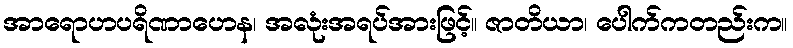
အာရောဟပရိဏာဟေန၊ အလုံးအရပ်အားဖြင့်။ ဇာတိယာ၊ ပေါက်ကတည်းက။